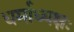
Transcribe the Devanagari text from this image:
धर्माध्यक्षः